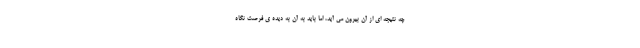
چه نتیجه ای از آن بیرون می آید، اما باید به آن به دیده ی فرصت نگاه